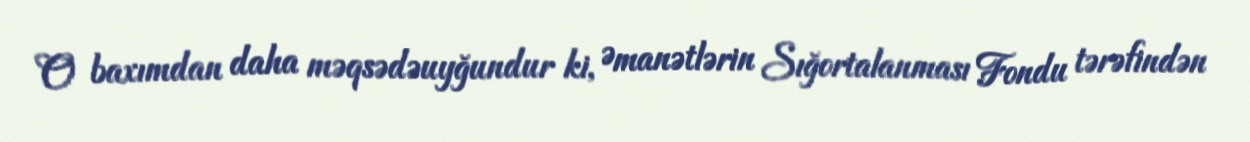
O baxımdan daha məqsədəuyğundur ki, Əmanətlərin Sığortalanması Fondu tərəfindən